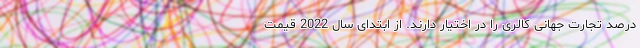
درصد تجارت جهانی کالری را در اختیار دارند. از ابتدای سال 2022 قیمت